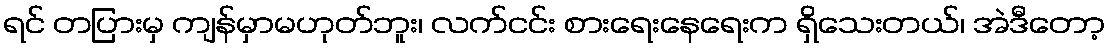
ရင် တပြားမှ ကျန်မှာမဟုတ်ဘူး၊ လက်ငင်း စားရေးနေရေးက ရှိသေးတယ်၊ အဲဒီတော့